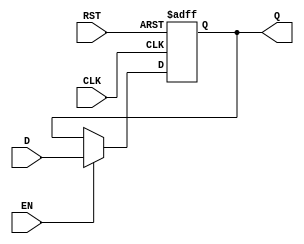
module DFF2(CLK,D,Q,RST,EN);
	output Q;
	input CLK,D,RST,EN;
	reg Q;
	always@(posedge CLK or negedge RST)
	begin	
		if(!RST) Q<=0;
		else if(EN) Q<=D;
	end
endmodule